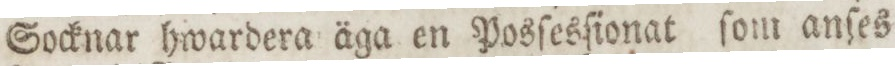
Socknar hwardera äga en Posſesſionat ſom anſes